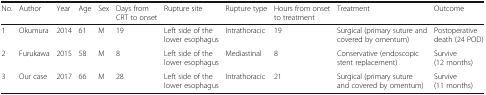
| No. | Author | Year | Age | Sex | Days from CRT to onset | Rupture site | Rupture type | Hours from onset to treatment | Treatment | Outcome |
 | --- | --- | --- | --- | --- | --- | --- | --- | --- | --- | --- |
 | 1 | Okumura | 2014 | 61 | M | 19 | Left side of the lower esophagus | Intrathoracic | 19 | Surgical (primary suture and covered by omentum) | Postoperative death (24 POD) |
 | 2 | Furukawa | 2015 | 58 | M | 8 | Left side of the lower esophagus | Mediastinal | 8 | Conservative (endoscopic stent replacement) | Survive (12 months) |
 | 3 | Our case | 2017 | 66 | M | 28 | Left side of the lower esophagus | Intrathoracic | 21 | Surgical (primary suture and covered by omentum) | Survive (11 months) |